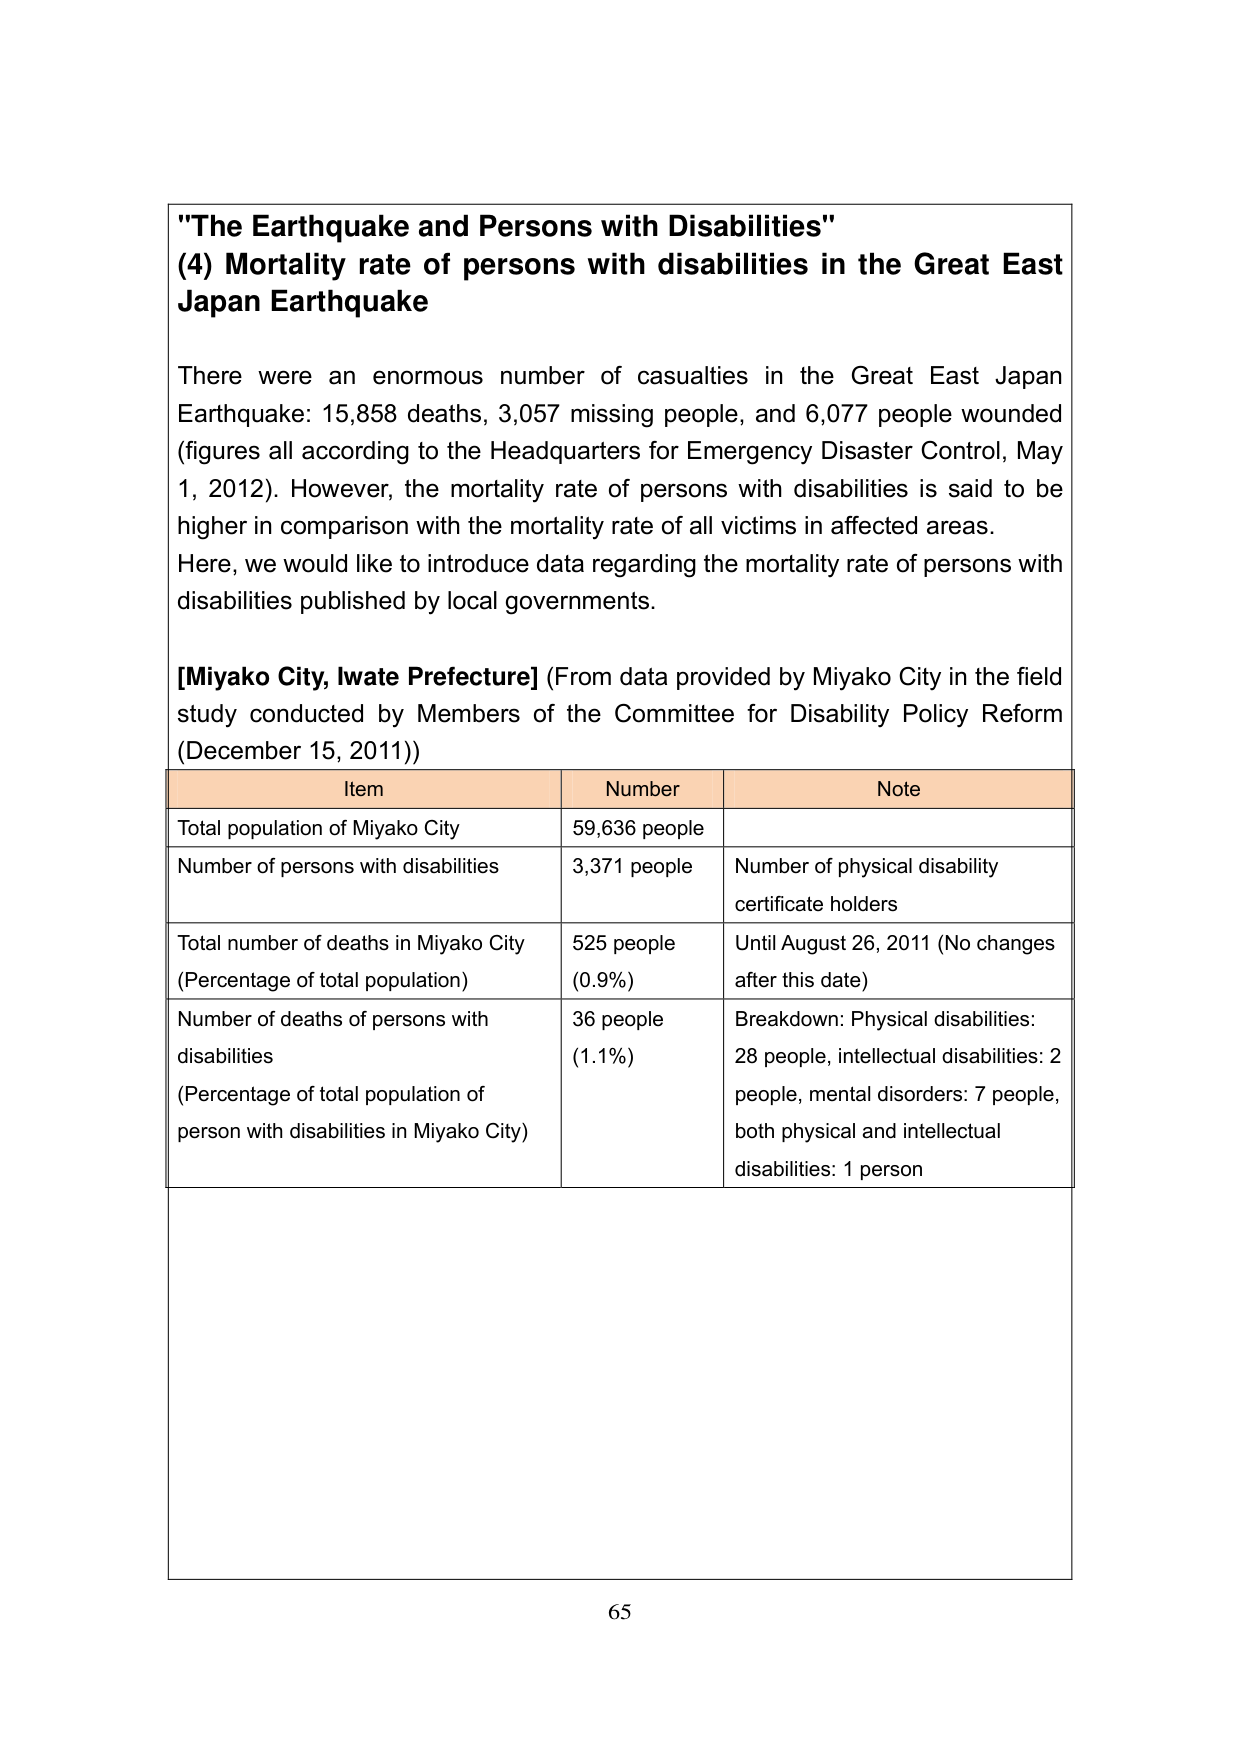
"The Earthquake and Persons with Disabilities"
(4) Mortality rate of persons with disabilities in the Great East Japan Earthquake

There were an enormous number of casualties in the Great East Japan Earthquake: 15,858 deaths, 3,057 missing people, and 6,077 people wounded (figures all according to the Headquarters for Emergency Disaster Control, May 1, 2012). However, the mortality rate of persons with disabilities is said to be higher in comparison with the mortality rate of all victims in affected areas. Here, we would like to introduce data regarding the mortality rate of persons with disabilities published by local governments.

[Miyako City, Iwate Prefecture] (From data provided by Miyako City in the field study conducted by Members of the Committee for Disability Policy Reform (December 15, 2011))

Item                      Number                     Note
Total population of Miyako City     59,636 people
Number of persons with disabilities 3,371 people        Number of physical disability certificate holders
Total number of deaths in Miyako City (Percentage of total population) 525 people (0.9%)     Until August 26, 2011 (No changes after this date)
Number of deaths of persons with disabilities (Percentage of total population of person with disabilities in Miyako City) 36 people (1.1%)     Breakdown: Physical disabilities: 28 people, intellectual disabilities: 2 people, mental disorders: 7 people, both physical and intellectual disabilities: 1 person

65